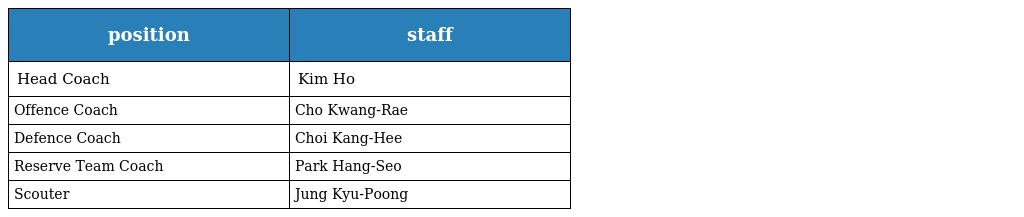
| position | staff |
 | --- | --- |
 | Head Coach | Kim Ho |
 | Offence Coach | Cho Kwang-Rae |
 | Defence Coach | Choi Kang-Hee |
 | Reserve Team Coach | Park Hang-Seo |
 | Scouter | Jung Kyu-Poong |